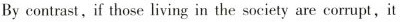
By contrast,if those living in the society are corrupt,it